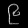
Digit: ၉